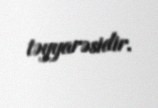
təyyarəsidir.